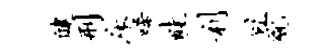
健刑床唏畦利且貌